Note on the mental hospitals in Burma - 1925-1940
Year: 1925
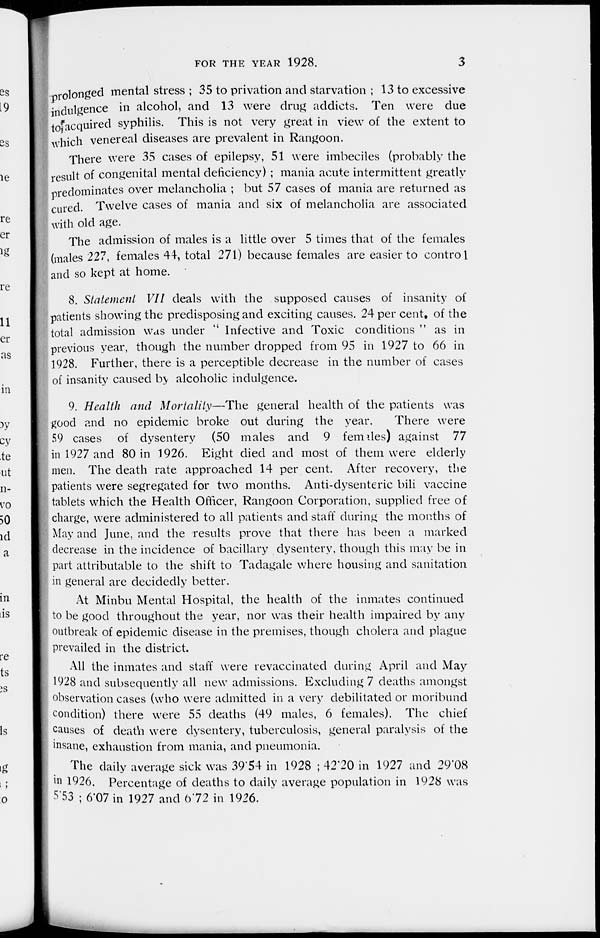
FOR THE YEAR 1928.
3
prolonged mental stress ; 35 to privation and starvation ; 13 to excessive
indulgence in alcohol, and 13 were drug addicts. Ten were due
to acquired syphilis. This is not very great in view of the extent to
which venereal diseases are prevalent in Rangoon.
There were 35 cases of epilepsy, 51 were imbeciles (probably the
result of congenital mental deficiency) ; mania acute intermittent greatly
predominates over melancholia ; but 57 cases of mania are returned as
cured. Twelve cases of mania and six of melancholia are associated
with old age.
The admission of males is a little over 5 times that of the females
(males 227, females 44, total 271) because females are easier to control
and so kept at home.
8. Statement VII deals with the supposed causes of insanity of
patients showing the predisposing and exciting causes. 24 per cent of the
total admission was under '' Infective and Toxic conditions " as in
previous year, though the number dropped from 95 in 1927 to 66 in
1928. Further, there is a perceptible decrease in the number of cases
of insanity caused by alcoholic indulgence.
9. Health and Mortality—The
general health of the patients was
good and no epidemic broke out during the year.
There were
59 cases of dysentery (50 males and 9 females) against 77
in 1927 and 80 in 1926. Eight died and most of them were elderly
men. The death rate approached 14 per cent. After recovery, the
patients were segregated for two months. Anti-dysenteric bili vaccine
tablets which the Health Officer, Rangoon Corporation, supplied free of
charge, were administered to all patients and staff during the months of
May and June, and the results prove that there has been a marked
decrease in the incidence of bacillary dysentery, though this may be in
part attributable to the shift to Tadagale where housing and sanitation
in general are decidedly better.
At Minbu Mental Hospital, the health of the inmates continued
to be good throughout the year, nor was their health impaired by any
outbreak of epidemic disease in the premises, though cholera and plague
prevailed in the district.
All the inmates and staff were revaccinated during April and May
1928 and subsequently all new admissions. Excluding 7 deaths amongst
observation cases (who were admitted in a very debilitated or moribund
condition) there were 55 deaths (49 males, 6 females). The chief
causes of death were dysentery, tuberculosis, general paralysis of the
insane, exhaustion from mania, and pneumonia.
The daily average sick was 39.54 in 1928 ; 42.20 in 1927 and 29.08
in 1926. Percentage of deaths to daily average population in 1928 was
5.53 ; 6.07 in 1927 and 6.72 in 1926.